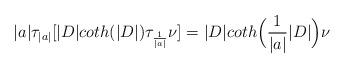
LaTeX: \begin{align*}|a|\tau_{|a|}[|D|coth(|D|)\tau_{\frac{1}{|a|}}\nu]=|D|coth\Big(\frac{1}{|a|}|D|\Big)\nu\end{align*}